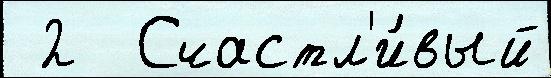
 2  Счастл'и́вый